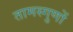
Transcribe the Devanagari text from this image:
तामस्गुणों